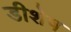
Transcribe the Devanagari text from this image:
डीशेष